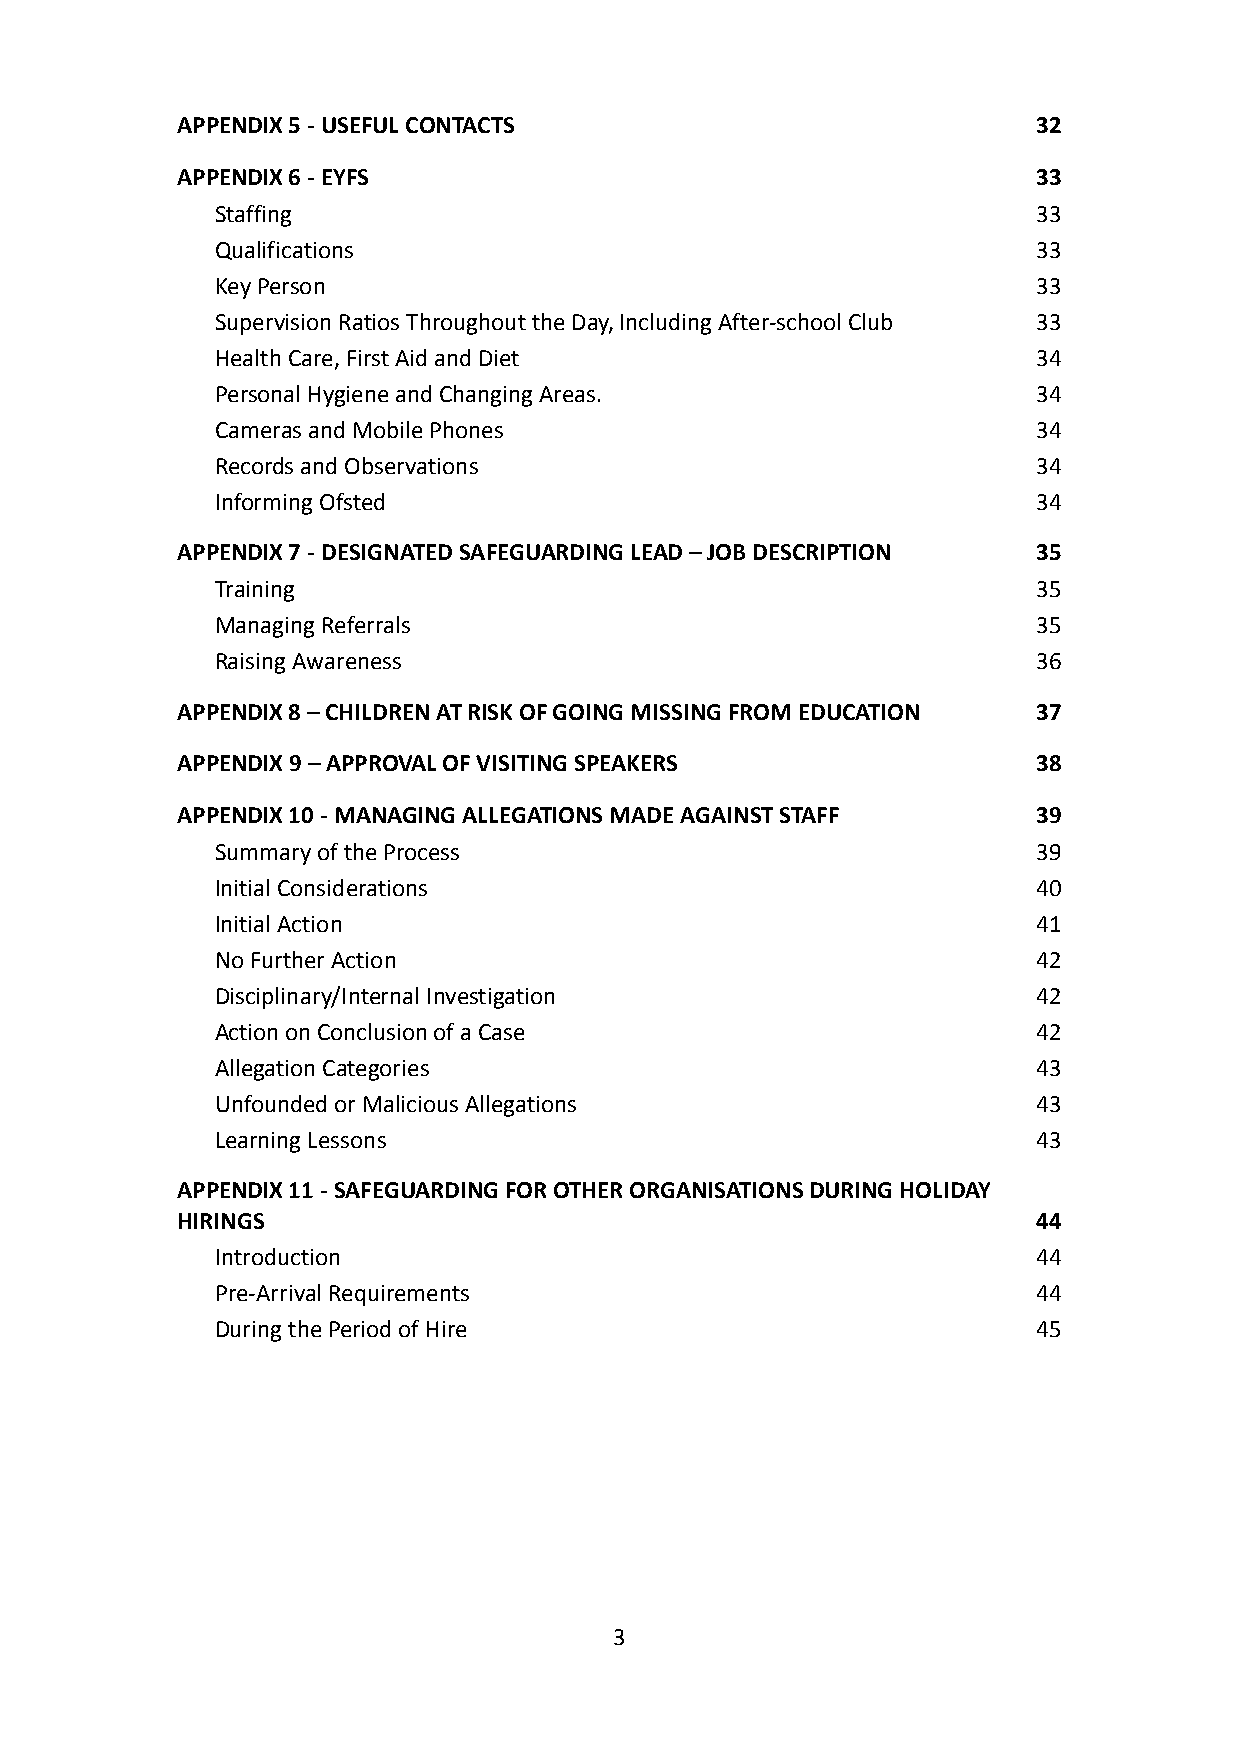
APPENDIX 5 - USEFUL CONTACTS                             32
 APPENDIX 6 - EYFS                                        33
 Staffing                                               33
 Qualifications                                         33
 Key Person                                             33
 Supervision Ratios Throughout the Day, Including After-schoolClub 33
 Health Care, First Aid and Diet                        34
 Personal Hygiene and Changing Areas.                   34
 Cameras and Mobile Phones                              34
 Records and Observations                               34
 Informing Ofsted                                       34
 APPENDIX 7 - DESIGNATED SAFEGUARDING LEAD – JOB DESCRIPTION 35
 Training                                               35
 Managing Referrals                                     35
 Raising Awareness                                      36
 APPENDIX 8 – CHILDREN AT RISK OF GOING MISSING FROMEDUCATION 37
 APPENDIX 9 – APPROVAL OF VISITING SPEAKERS               38
 APPENDIX 10 - MANAGING ALLEGATIONS MADE AGAINST STAFF    39
 Summary of the Process                                 39
 Initial Considerations                                 40
 Initial Action                                         41
 No Further Action                                      42
 Disciplinary/Internal Investigation                    42
 Action on Conclusion of a Case                         42
 Allegation Categories                                  43
 Unfounded or Malicious Allegations                     43
 Learning Lessons                                       43
 APPENDIX 11 - SAFEGUARDING FOR OTHER ORGANISATIONSDURING HOLIDAY
 HIRINGS                                                  44
 Introduction                                           44
 Pre-Arrival Requirements                               44
 During the Period of Hire                              45
 3